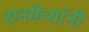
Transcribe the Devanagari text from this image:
रानमेव्यांनी